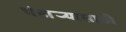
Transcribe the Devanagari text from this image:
भंडार्‍यासाठी